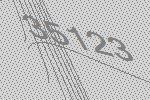
35123